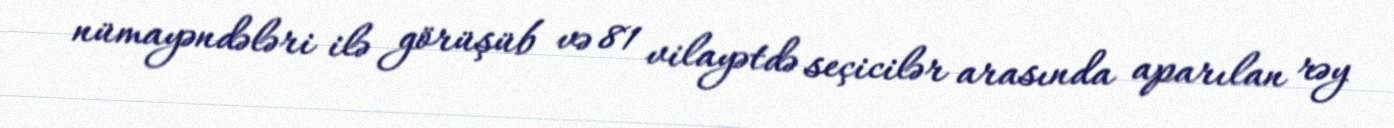
nümayəndələri ilə görüşüb və 81 vilayətdə seçicilər arasında aparılan rəy